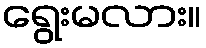
ရွေးမလား။